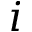
i